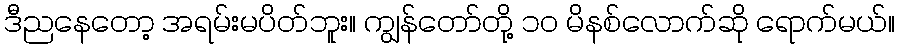
ဒီညနေတော့ အရမ်းမပိတ်ဘူး။ ကျွန်တော်တို့ ၁၀ မိနစ်လောက်ဆို ရောက်မယ်။